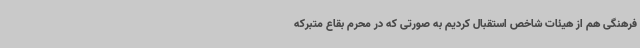
فرهنگی هم از هیئات شاخص استقبال کردیم به صورتی که در محرم بقاع متبرکه